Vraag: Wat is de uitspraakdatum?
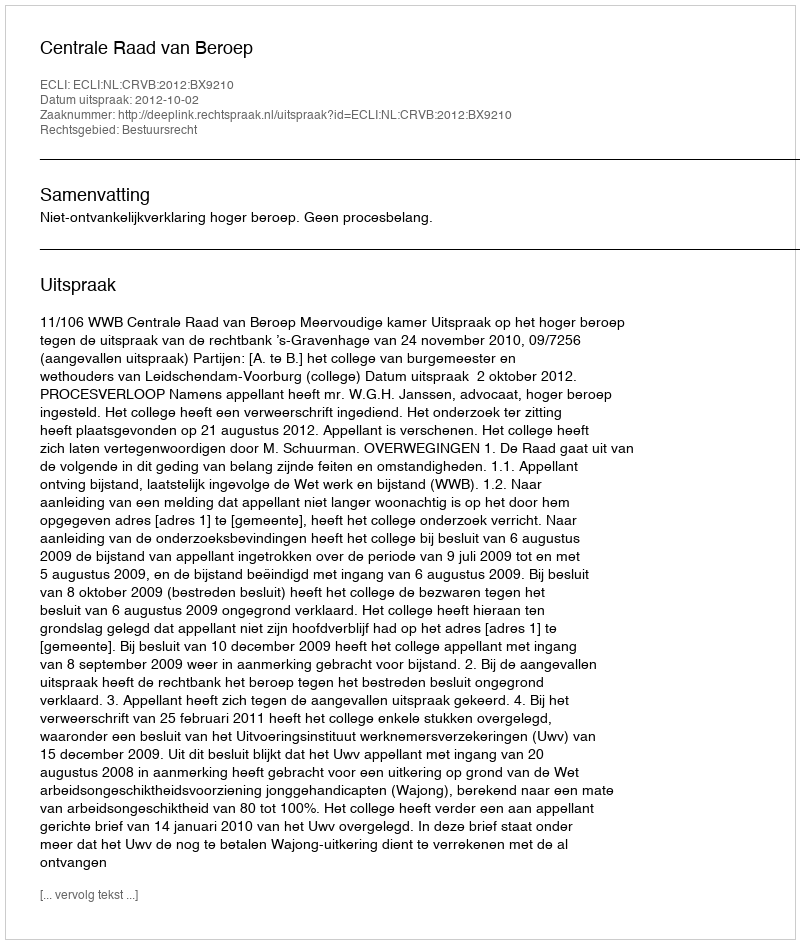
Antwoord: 2012-10-02